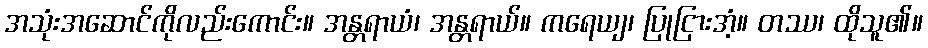
အသုံးအဆောင်ကိုလည်းကောင်း။ အန္တရာယံ၊ အန္တရာယ်။ ကရေယျ၊ ပြုငြားအံ့။ တဿ၊ ထိုသူ၏။